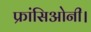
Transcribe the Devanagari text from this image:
फ्रांसिओनी।